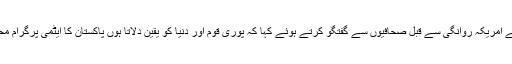
وزیر اعظم گیلانی نے امریکہ روانگی سے قبل صحافیوں سے گفتگو کرتے ہوئے کہا کہ پوری قوم اور دنیا کو یقین دلاتا ہوں پاکستان کا ایٹمی پرگرام محفوظ ہاتھوں میں ہے۔